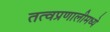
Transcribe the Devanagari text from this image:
तत्वप्रणालीमध्ये